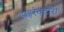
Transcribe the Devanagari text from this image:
डाइरेक्टोरी